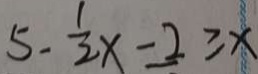
5 - \frac { 1 } { 2 } x - 2 \geqslant x